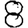
Digit: 8